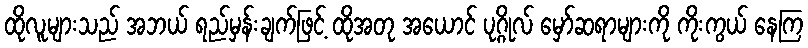
ထိုလူများသည် အဘယ် ရည်မှန်းချက်ဖြင့် ထိုအတု အယောင် ပုဂ္ဂိုလ် မှော်ဆရာများကို ကိုးကွယ် နေကြ